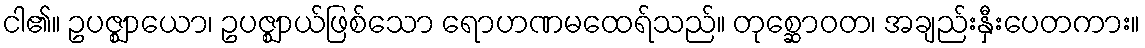
ငါ၏။ ဥပဇ္ဈာယော၊ ဥပဇ္ဈာယ်ဖြစ်သော ရောဟဏမထေရ်သည်။ တုစ္ဆောဝတ၊ အချည်းနှီးပေတကား။